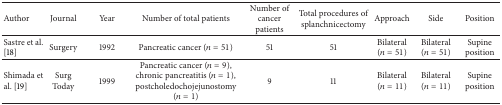
<table><thead><tr><td><b>Author</b></td><td><b>Journal</b></td><td><b>Year</b></td><td><b>Number of total patients</b></td><td><b>Number of cancer patients</b></td><td><b>Total procedures of splanchnicectomy</b></td><td><b>Approach</b></td><td><b>Side</b></td><td><b>Position</b></td></tr></thead><tbody><tr><td>Sastre et al. [18]</td><td>Surgery</td><td>1992</td><td>Pancreatic cancer (<i>n</i> = 51)</td><td>51</td><td>51</td><td>Bilateral (<i>n</i> = 51)</td><td>Bilateral (<i>n</i> = 51)</td><td>Supine position</td></tr><tr><td>Shimada et al. [19]</td><td>Surg Today</td><td>1999</td><td>Pancreatic cancer (<i>n</i> = 9), chronic pancreatitis (<i>n</i> = 1), postcholedochojejunostomy(<i>n</i> = 1)</td><td>9</td><td>11</td><td>Bilateral (<i>n</i> = 11)</td><td>Bilateral (<i>n</i> = 11)</td><td>Supine position</td></tr></tbody></table>